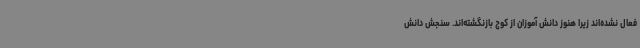
فعال نشده‌اند زیرا هنوز دانش آموزان از کوچ بازنگشته‌اند. سنجش دانش